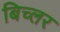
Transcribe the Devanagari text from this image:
बिच्लर